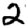
Digit: 2